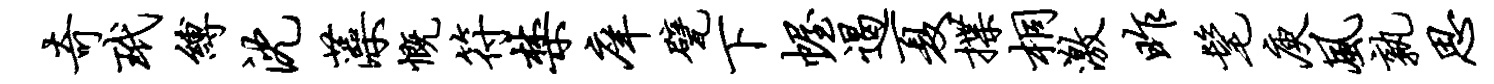
奇玳缚沈藻慨符禁庠甓下幄遏夏揲桐激昨髦庾风孰思